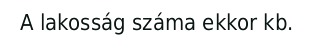
A lakosság száma ekkor kb.